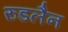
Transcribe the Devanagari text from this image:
रुडलैन